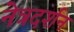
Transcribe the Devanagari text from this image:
नेत्रदर्शन